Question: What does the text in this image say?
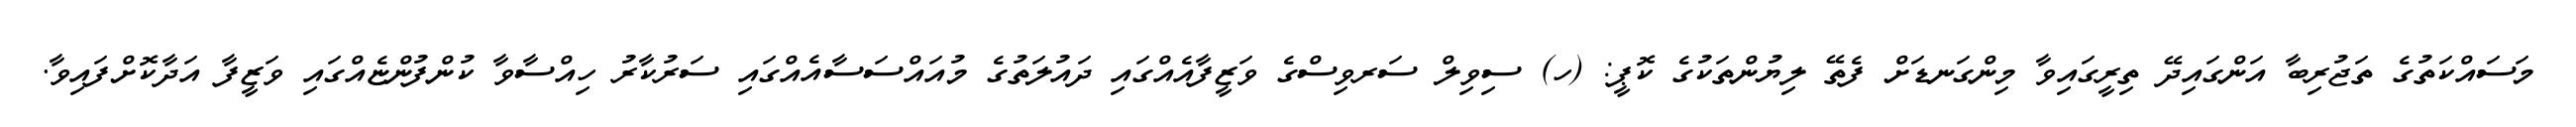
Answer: މަސައްކަތުގެ ތަޖުރިބާ އަންގައިދޭ ތިރީގައިވާ މިންގަނޑަށް ފެތޭ ލިޔުންތަކުގެ ކޮޕީ: (ހ) ސިވިލް ސަރވިސްގެ ވަޒީފާއެއްގައި ދައުލަތުގެ މުއައްސަސާއެއްގައި ސަރުކާރު ހިއްސާވާ ކުންފުންޏެއްގައި ވަޒީފާ އަދާކޮށްފައިވާ.